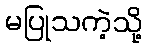
မပြုသကဲ့သို့